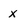
Character: x